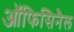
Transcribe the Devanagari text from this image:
ऑफिसिनैल